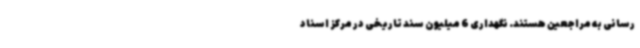
رسانی به مراجعین هستند. نگهداری 6 میلیون سند تاریخی در مرکز اسناد